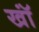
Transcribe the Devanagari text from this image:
खॉं